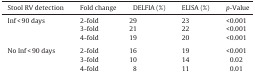
<table><thead><tr><td><b>Stool RV detection</b></td><td><b>Fold change</b></td><td><b>DELFIA (%)</b></td><td><b>ELISA (%)</b></td><td><b><i>p</i>-Value</b></td></tr></thead><tbody><tr><td>Inf &lt; 90 days</td><td>2-fold</td><td>29</td><td>23</td><td>&lt;0.001</td></tr><tr><td></td><td>3-fold</td><td>21</td><td>22</td><td>&lt;0.001</td></tr><tr><td></td><td>4-fold</td><td>19</td><td>20</td><td>&lt;0.001</td></tr><tr><td colspan="5">  </td></tr><tr><td>No Inf &lt; 90 days</td><td>2-fold</td><td>16</td><td>19</td><td>&lt;0.001</td></tr><tr><td></td><td>3-fold</td><td>10</td><td>14</td><td>0.02</td></tr><tr><td></td><td>4-fold</td><td>8</td><td>11</td><td>0.01</td></tr></tbody></table>